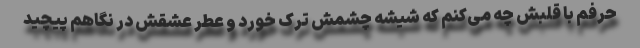
حرفم با قلبش چه می‌کنم که شیشه چشمش ترک خورد و عطر عشقش در نگاهم پیچید